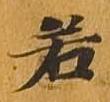
若